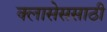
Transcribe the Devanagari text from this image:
क्लासेससाठी